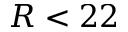
R < 2 2